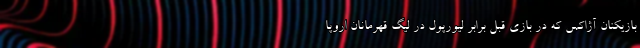
بازیکنان آژاکس که در بازی قبل برابر لیورپول در لیگ قهرمانان اروپا